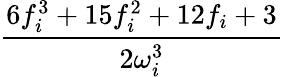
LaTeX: \frac{6f_{i}^{3}+15f_{i}^{2}+12f_{i}+3}{2\omega_{i}^{3}}